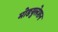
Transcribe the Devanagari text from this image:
मोडयुलेशन